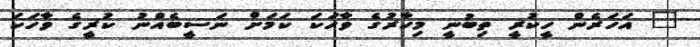
" އަހަރެން ހީކުރީ ތިބުނީ މިހާރުގެ ވާހަކަ ކަމަށް ނަސީބެއްނު ކުރީގެ ވާހަކަ